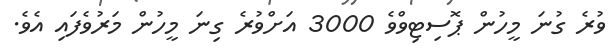
ވުރެ ގުނަ މީހުން ޕޮސިޓިވްވެ 3000 އަށްވުރެ ގިނަ މީހުން މަރުވެފައި އެވެ.